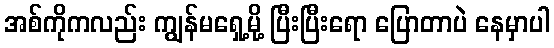
အစ်ကိုကလည်း ကျွန်မရှေ့မို့ ပြီးပြီးရော ပြောတာပဲ နေမှာပါ